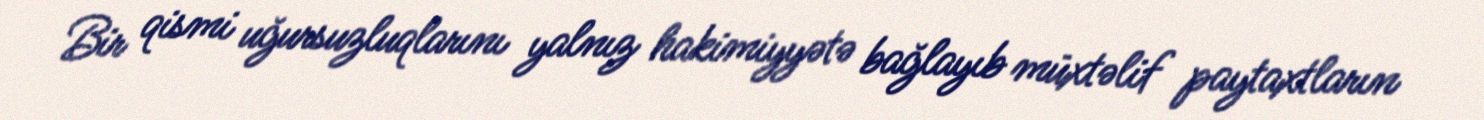
Bir qismi uğursuzluqlarını yalnız hakimiyyətə bağlayıb müxtəlif paytaxtların